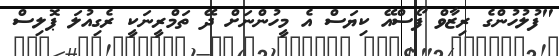
"ފުލުހުންގެ ރިޒާވް ފޯސްއޭ ކިޔަސް އެ މީހުންނަށް ދޭ ތަމްރީނަކީ ރެގިއުލަ ޕޮލިސް